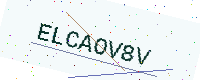
Text: ELCAOV8V